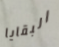
البقايا